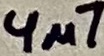
Text: 4µ7